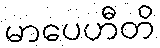
မာပေဟီတိ